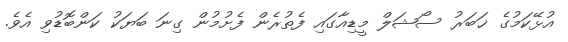
އުޅޭކަމުގެ ޚަބަރު ސޯޝަލް މީޑިއާގައި ފެތުރެން ފެށުމުން ގިނަ ބަޔަކު ކަންބޮޑުވި އެވެ.